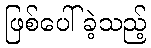
ဖြစ်ပေါ်ခဲ့သည့်